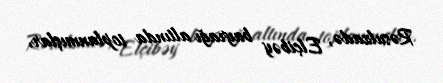
Rəsulzadə, Elçibəy bayrağı altında toplanmışlar.